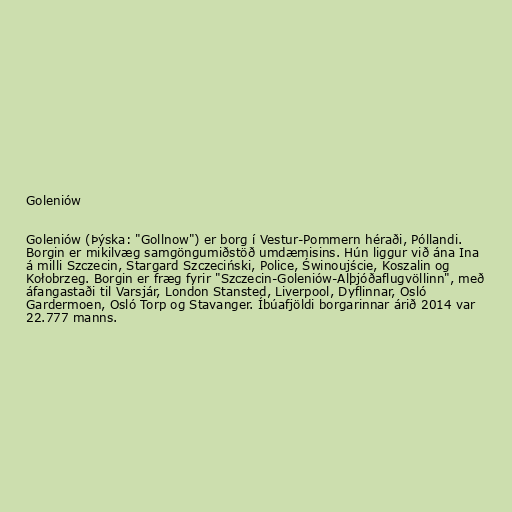
Goleniów

Goleniów (Þýska: "Gollnow") er borg í Vestur-Pommern héraði, Póllandi.
Borgin er mikilvæg samgöngumiðstöð umdæmisins. Hún liggur við ána Ina
á milli Szczecin, Stargard Szczeciński, Police, Świnoujście, Koszalin og
Kołobrzeg. Borgin er fræg fyrir "Szczecin-Goleniów-Alþjóðaflugvöllinn", með
áfangastaði til Varsjár, London Stansted, Liverpool, Dyflinnar, Osló
Gardermoen, Osló Torp og Stavanger. Íbúafjöldi borgarinnar árið 2014 var
22.777 manns.